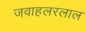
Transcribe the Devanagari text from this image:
जवाहलरलाल